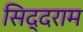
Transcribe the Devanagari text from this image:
सिद्दराम